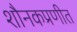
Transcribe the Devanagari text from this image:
शौनकप्रणीत